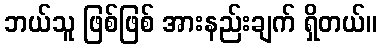
ဘယ်သူ ဖြစ်ဖြစ် အားနည်းချက် ရှိတယ်။